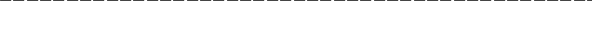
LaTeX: --- --- --- --- --- --- --- --- --- --- --- --- --- --- --- --- --- \operatorname * { l i m } _ { N \to \infty } \frac { 1 } { N ^ { 1 + n / 2 } } \langle t r ( M ( x _ { n } ) . . . M ( x _ { 1 } ) ) \rangle = < \Phi ( x _ { n } ) . . . \Phi ( x _ { 1 } ) > .